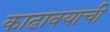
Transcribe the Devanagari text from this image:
काढावयाची